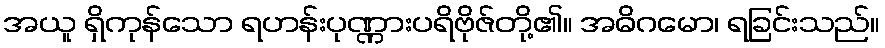
အယူ ရှိကုန်သော ရဟန်းပုဏ္ဏားပရိဗိုဇ်တို့၏။ အဓိဂမော၊ ရခြင်းသည်။